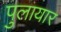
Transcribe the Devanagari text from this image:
पुलायार